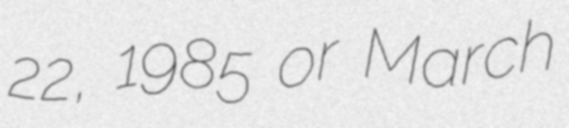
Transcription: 22, 1985 or March